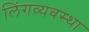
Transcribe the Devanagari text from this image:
लिंगव्यवस्था